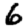
Digit: 6